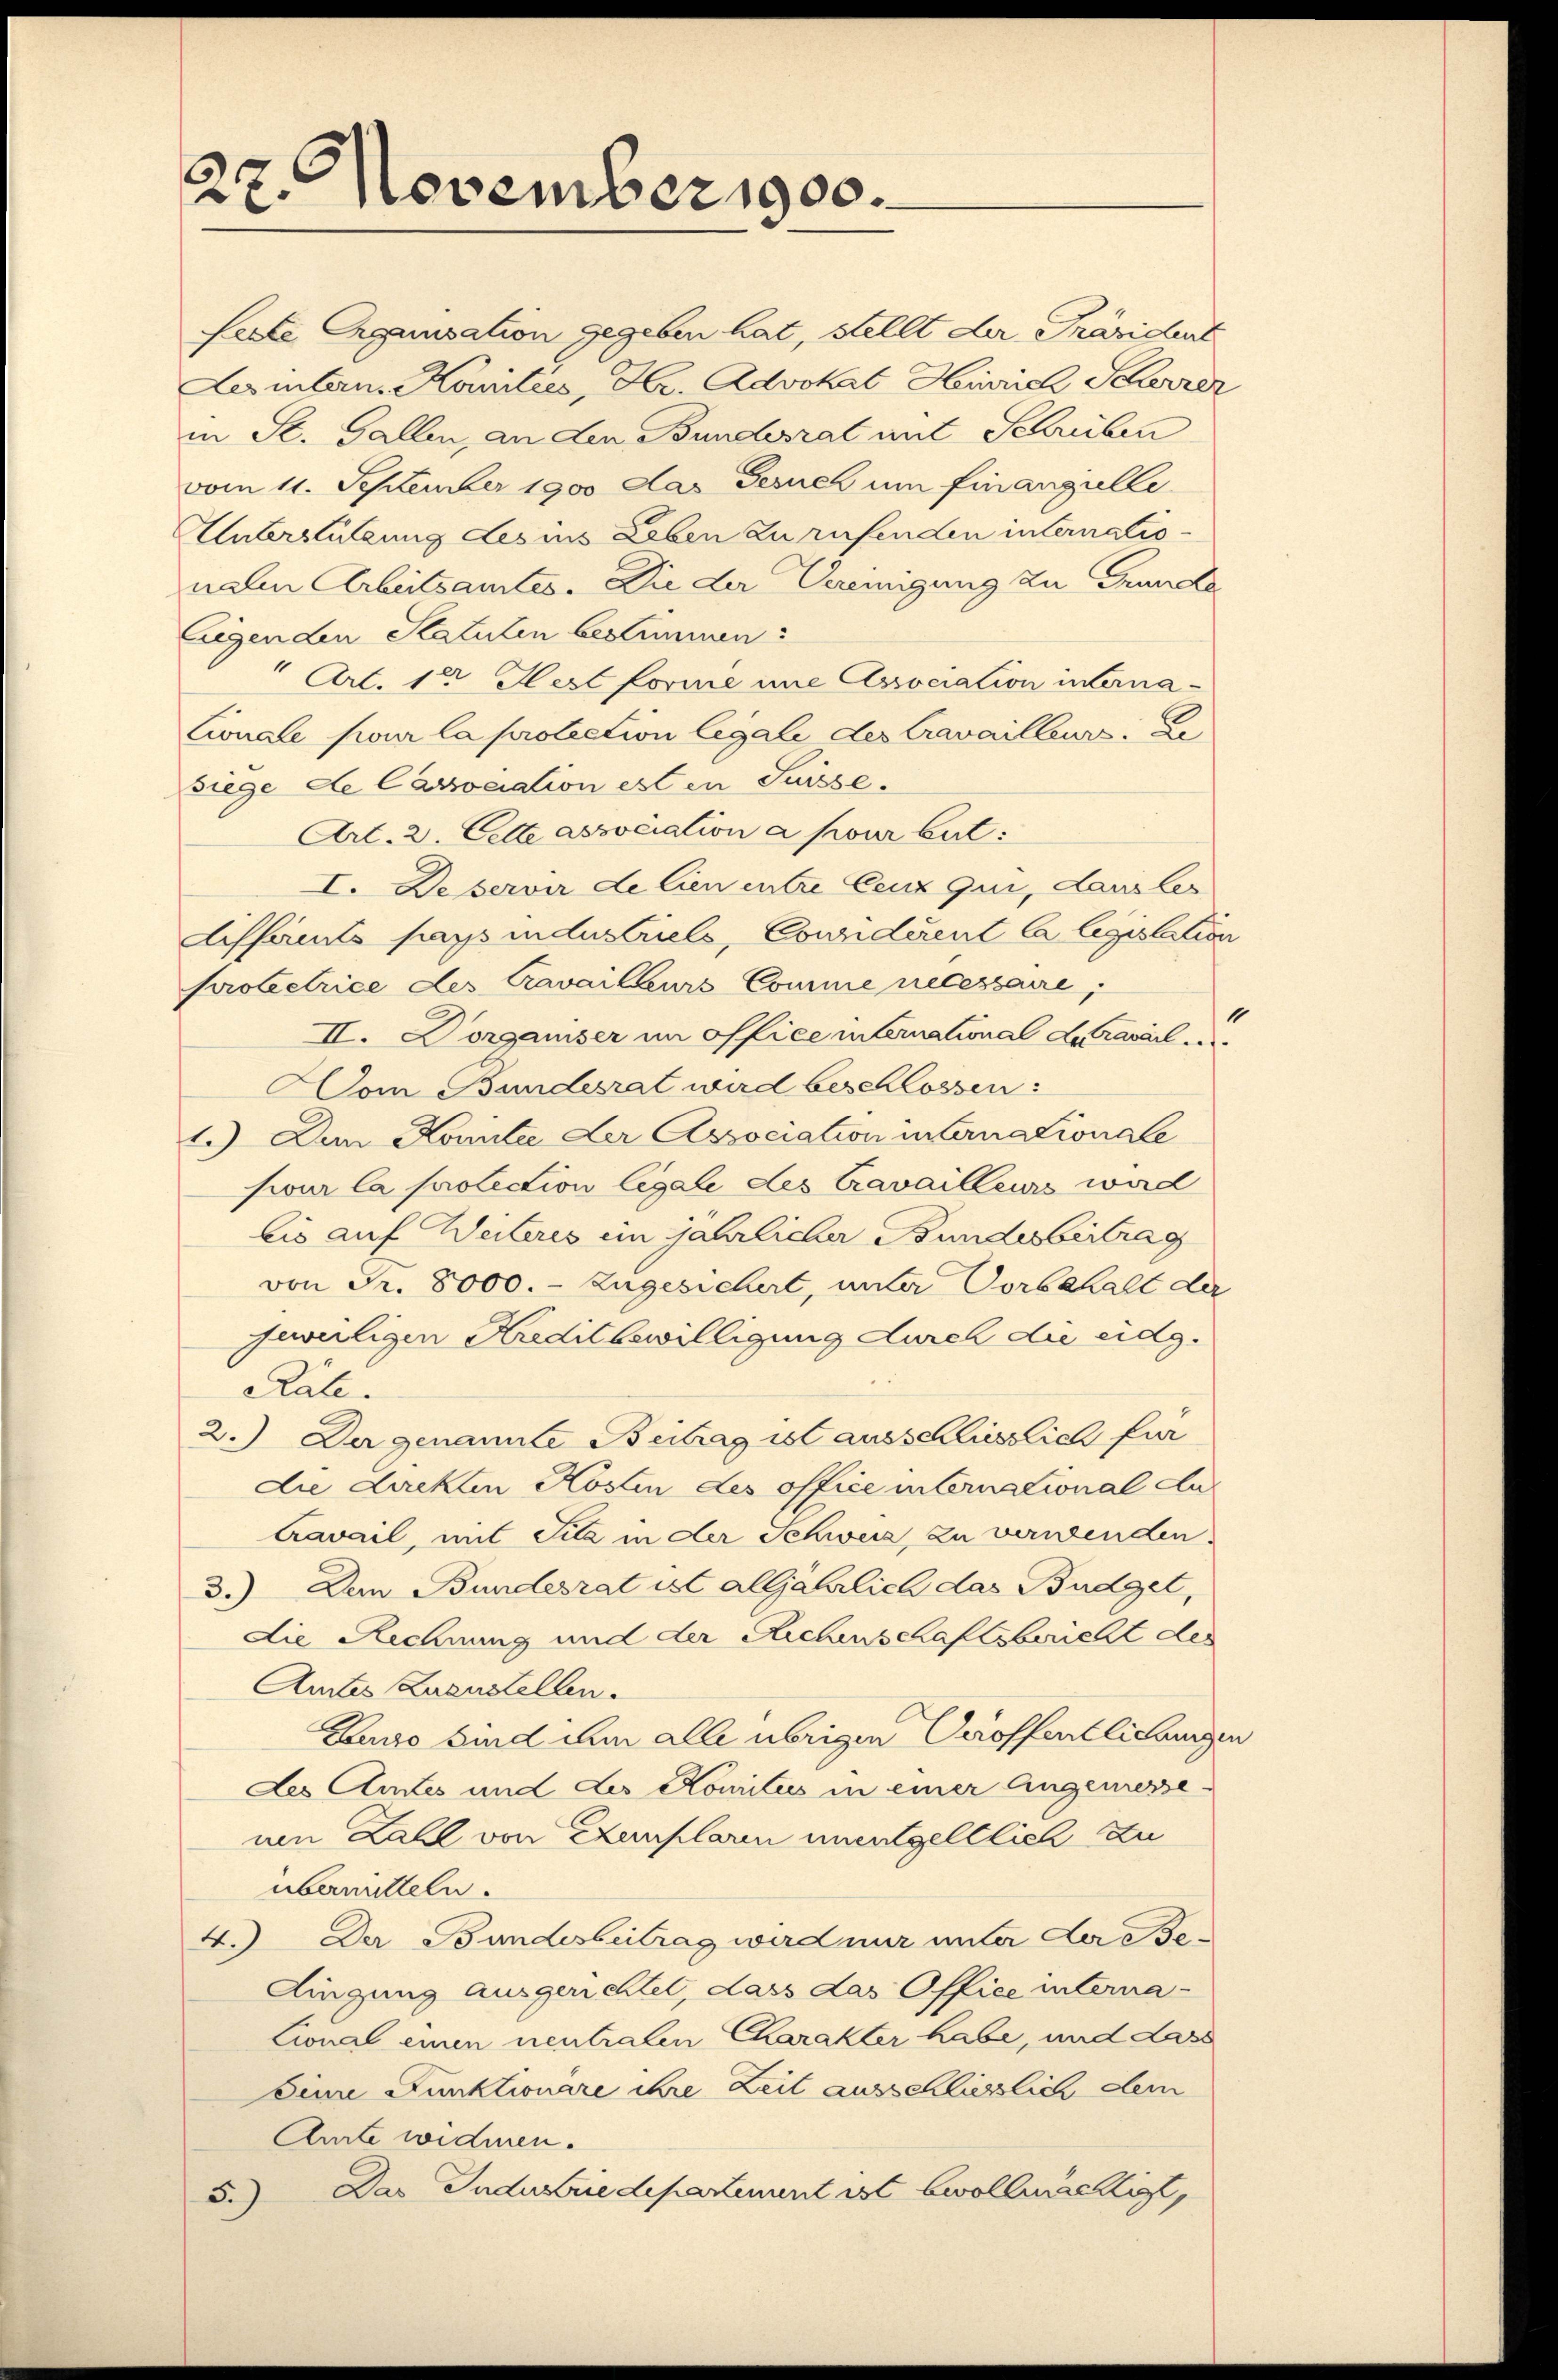
27. November 1900.

serte Ergensation gegeben hat, stellt der Präsident
Les intern. Komitées, Hr. Advokat Heinrich Scherrer
in St. Gallen, an den Bundesrat mit Schreiben
vom 11. September 1900 das Gesuch um finanzielle
Unterstützung des ins Leben zu rufenden internationale Arbeitsamtes. Die der Vereinigung zu Grunde
Eigen den Statuten bestimmen:
 Art. 12 Hest forme une Association unterna¬
Lionale pour la protection legale des Cravailleurs. De
siege de Carocation est ein Suisse.
Art. 2. Cette association a pour but:
I. Deservir de lien entre ceux qui, Lausler
Aiffamts pays industriels, Considerent la legislation
protectrice des Cravailleurs Comme necessaire;
1
II. Vorganiser im officemternational duravail
om Bundesrat wird beschlossen:
1.) Den Konnte der Association internationale
four la prolection legale des travailleurs wird
bis auf Weiteres im jährlicher Bundesbeitrag
von Fr. 8000. - Zugesichert, unter Vorbehalt der
evuligen Kreditbewilligung durch die eidg.
Rate.
2.) Der genannte Beitrag ist ausschliesslich für
die dickten Kosten des office international An
Zavail, mit Sitz in der Schweiz, zu vernenden.
3.) Dem Bundesrat ist alljährlich das Budget,
die Rechnung und der Richenschaftsbericht der
Amtes Zuenstellen.
Luno sind ihm alle übrigen Veröffentlichungen
des Amtes und Les Komitees in einer Angeniessenen Zahl von Exemplaren unentgeltlich zu
übermitteln.
4.) Der Bundesbeitrag wird nur unter der Bedingung ausgerichtet, dass das Office interna-
Cional einen neutralen Charakter habe, und Lass
Deine Funktionare ihre Zeit ausschliesslich dem
Amte widmen.
Das Indesredepartement ist bevollmächtigt,
5.)